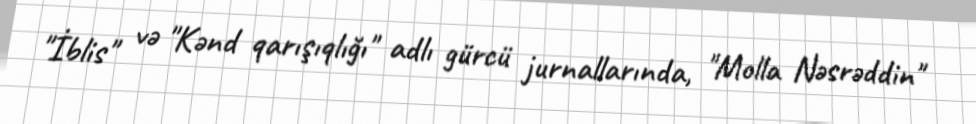
"İblis" və "Kənd qarışıqlığı" adlı gürcü jurnallarında, "Molla Nəsrəddin"